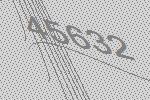
45632